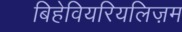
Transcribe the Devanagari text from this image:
बिहेवियरियलिज़म